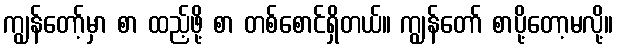
ကျွန်တော့်မှာ စာ ထည့်ဖို့ စာ တစ်စောင်ရှိတယ်။ ကျွန်တော် စာပို့တော့မလို့။